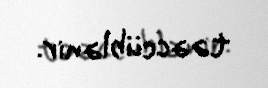
təəccüblənir.